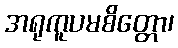
အရုကူပမစိတ္တော၊